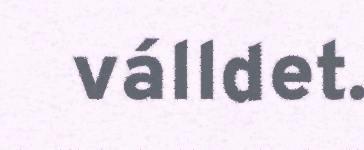
válldet.